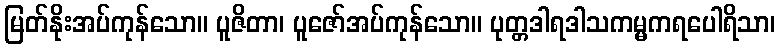
မြတ်နိုးအပ်ကုန်သော။ ပူဇိတာ၊ ပူဇော်အပ်ကုန်သော။ ပုတ္တဒါရဒါသကမ္မကရပေါရိသာ၊